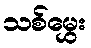
သစ်မွှေး